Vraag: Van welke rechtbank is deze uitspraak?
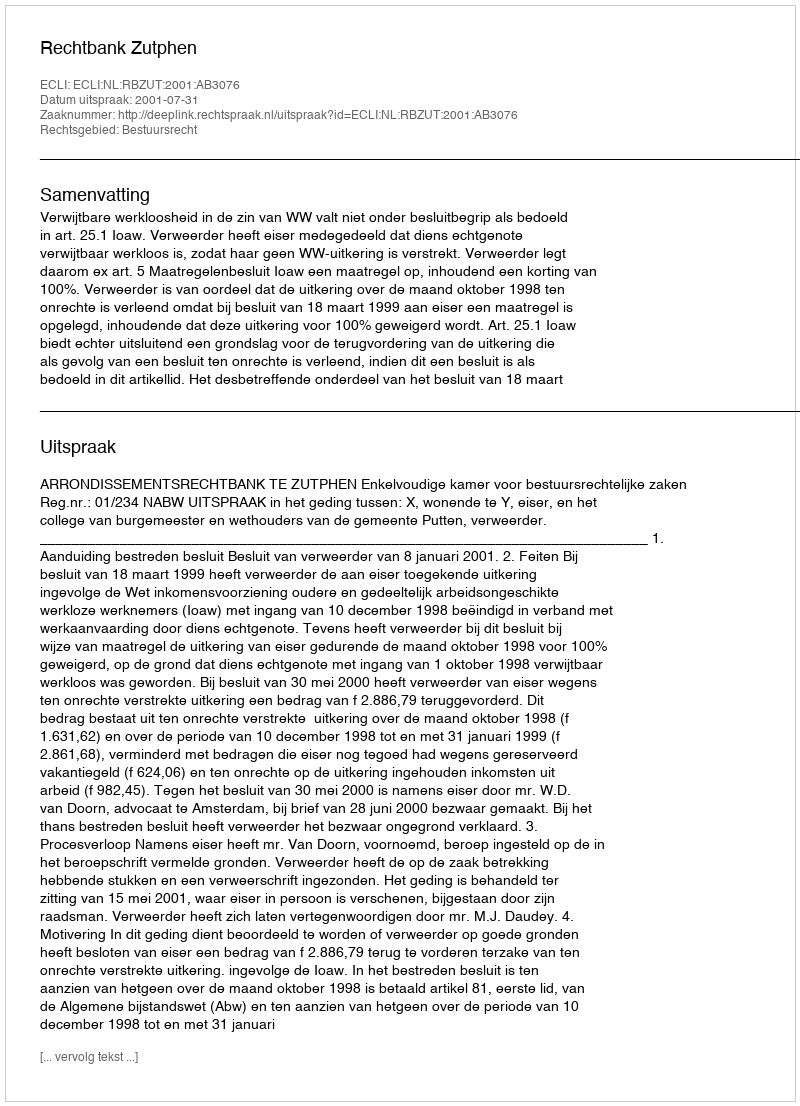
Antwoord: Rechtbank Zutphen